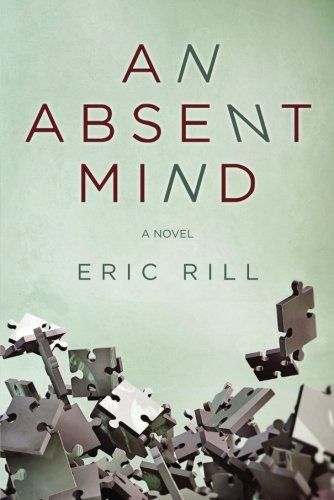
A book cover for An Absent Mind; Eric Rill; Literature & Fiction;